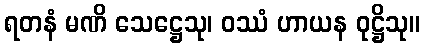
ရတနံ မဏိ သေဋ္ဌေသု၊ ဝဿံ ဟာယန ဝုဋ္ဌိသု။